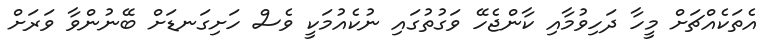
އެތަކެއްޗަށް މީހާ ދަހިވުމާއި ކާންޖެހޭ ވަގުތުގައި ނުކެއުމަކީ ވެސް ހަށިގަނޑަށް ބޭނުންވާ ވަރަށް